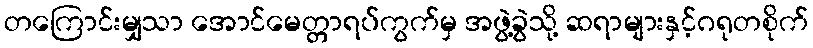
တကြောင်းမျှသာ အောင်မေတ္တာရပ်ကွက်မှ အဖွဲ့ခွဲသို့ ဆရာများနှင့်ဂရုတစိုက်